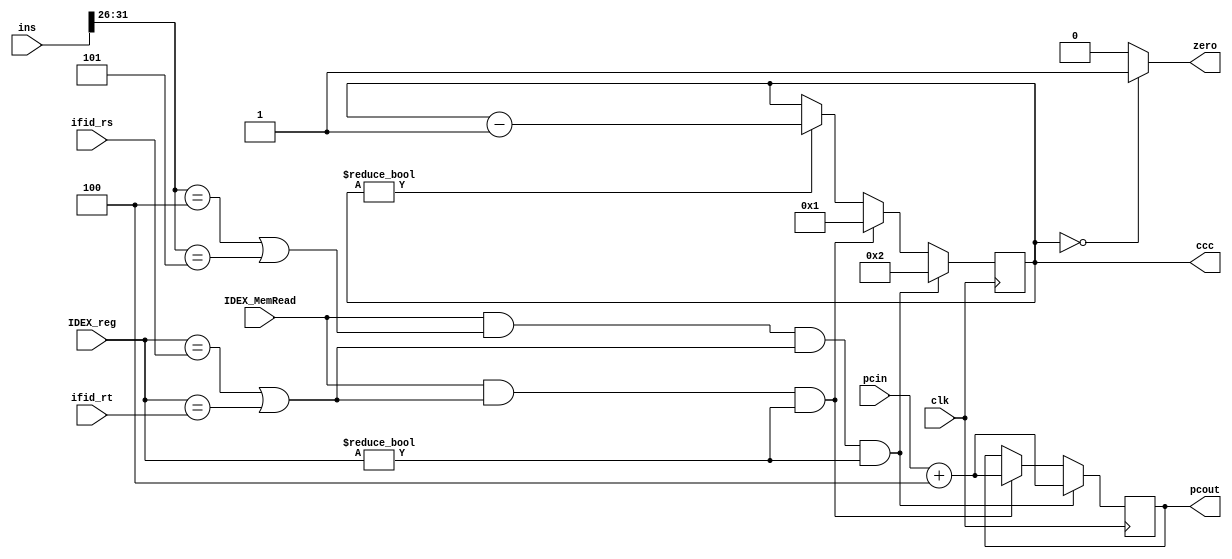
`timescale 1ns / 1ps
module HazardDetectUnit(clk,pcin,ins,ifid_rs,ifid_rt,IDEX_reg,IDEX_MemRead,pcout,zero,ccc);
input [31:0]pcin;     
input [31:0]ins;
input [4:0]ifid_rs,ifid_rt,IDEX_reg;
input IDEX_MemRead,clk;
output reg[31:0]pcout;
output [31:0]ccc;
output  zero;
reg [31:0]count;
assign ccc=count;
assign zero=count==0?1:0;
//assign count=(IDEX_MemRead&&(ins[31:0]==6'b0001000||ins[31:26]==6'b000101)&&(IDEX_reg==ifid_rs||IDEX_reg==ifid_rt)&&IDEX_reg!=0)?2:0;
//assign count(IDEX_MemRead&&(IDEX_reg==ifid_rs||IDEX_reg==ifid_rt)&&IDEX_reg!=0)count=1;
initial begin
count=0;
pcout=0;

end
always@(negedge clk)begin
if(count!=0)begin
count=count-1;
end
if(IDEX_MemRead&&(ins[31:26]==6'b000100||ins[31:26]==6'b000101)&&(IDEX_reg==ifid_rs||IDEX_reg==ifid_rt)&&IDEX_reg!=0)begin
pcout=pcin+4;
count=2;
end
else if(IDEX_MemRead&&(IDEX_reg==ifid_rs||IDEX_reg==ifid_rt)&&IDEX_reg!=0)begin 
count=1;
pcout=pcin+4;

end
end

endmodule